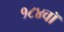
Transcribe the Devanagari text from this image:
१८४वॉ